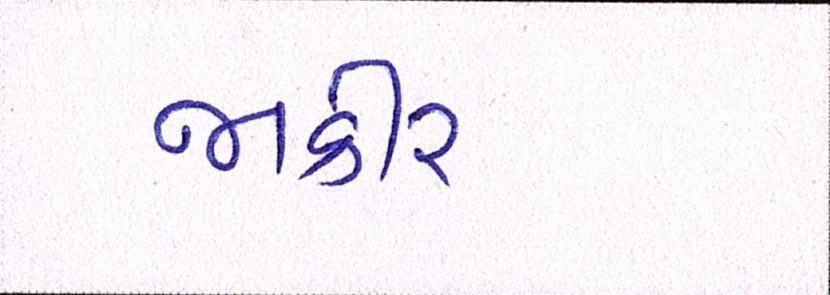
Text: જાકીર